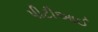
પીટીઆઈ